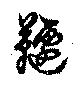
韆